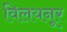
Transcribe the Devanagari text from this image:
विलयनूर